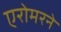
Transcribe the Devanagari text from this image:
एरोमरने